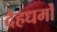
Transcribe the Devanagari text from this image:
देहधर्मों